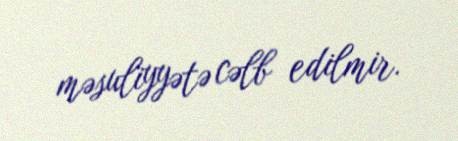
məsuliyyətə cəlb edilmir.